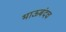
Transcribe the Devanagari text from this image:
भाऊबंदच